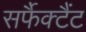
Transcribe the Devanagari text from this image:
सर्फैक्टैंट